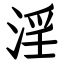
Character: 淫